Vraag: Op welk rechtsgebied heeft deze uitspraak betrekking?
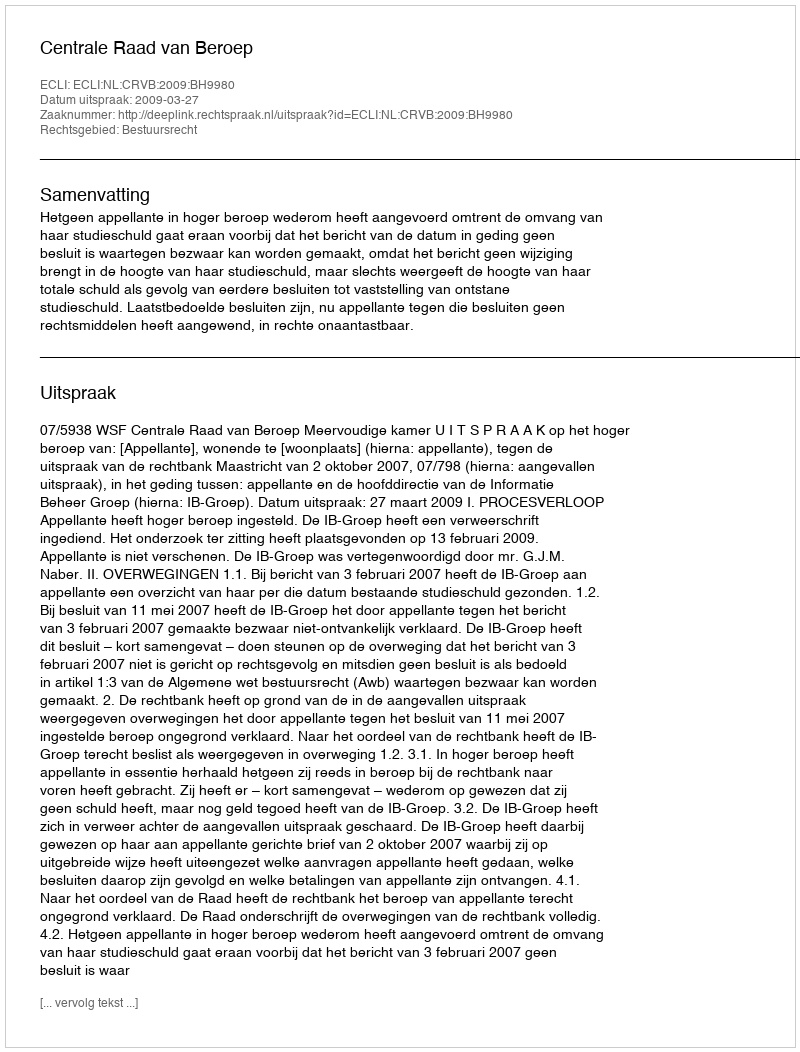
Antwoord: Bestuursrecht